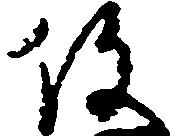
役